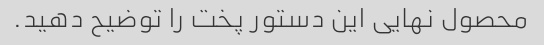
محصول نهایی این دستور پخت را توضیح دهید.